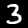
Digit: 3